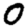
Digit: 0